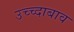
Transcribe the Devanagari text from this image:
उच्च्दाबाव